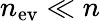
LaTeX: n_{\mathrm{ev}}\ll n